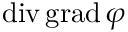
\operatorname { d i v } \operatorname { g r a d } \varphi